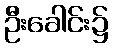
ဦးခေါင်း၌